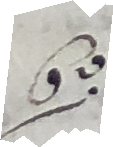
1